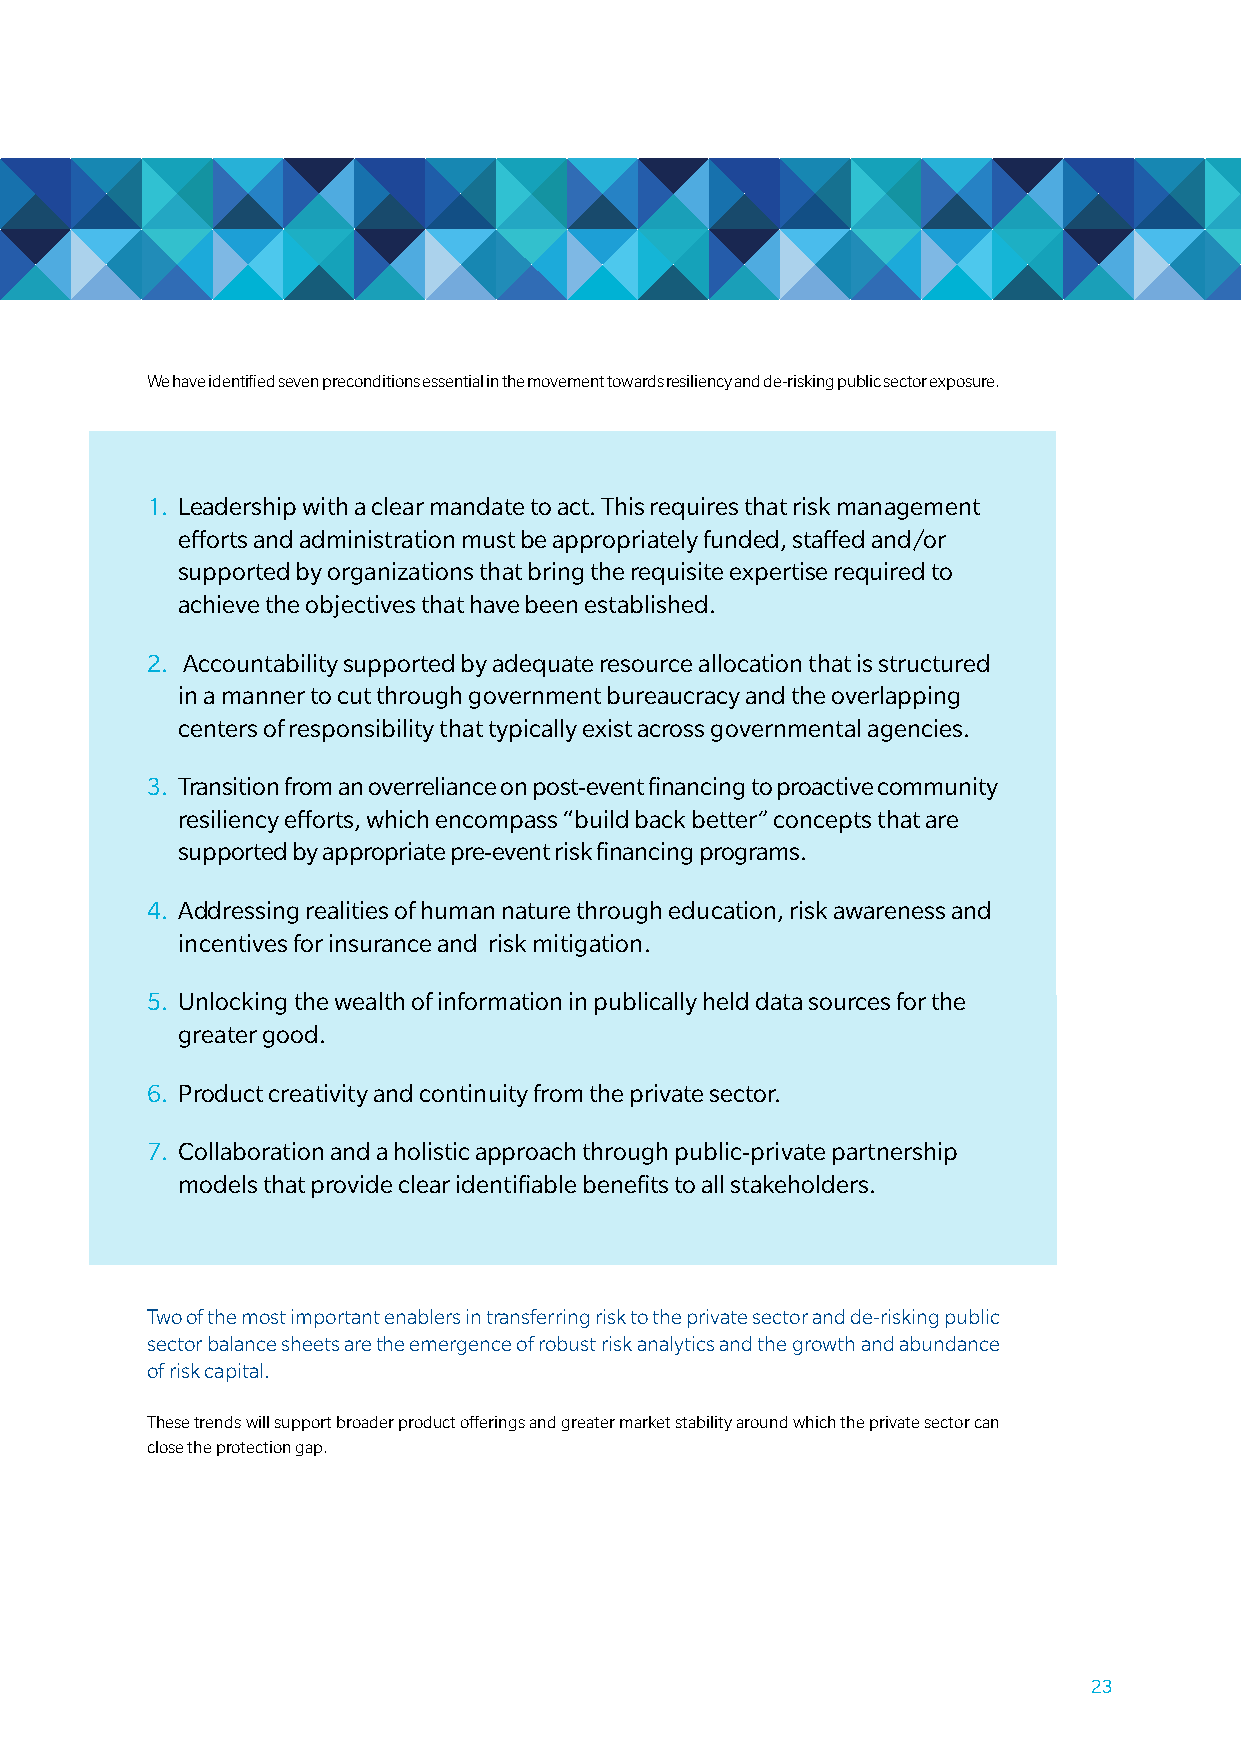
We have identified seven preconditions essential in the movement towards resiliency and de-risking public sector exposure.
 1. Leadership with a clear mandate to act. This requires that risk management
 efforts and administration must be appropriately funded, staffed and/or
 supported by organizations that bring the requisite expertise required to
 achieve the objectives that have been established.
 2. accountability supported by adequate resource allocation that is structured
 in a manner to cut through government bureaucracy and the overlapping
 centers of responsibility that typically exist across governmental agencies.
 3. Transition from an overreliance on post-event financing to proactive community
 resiliency efforts, which encompass “build back better” concepts that are
 supported by appropriate pre-event risk financing programs.
 4. addressing realities of human nature through education, risk awareness and
 incentives for insurance and risk mitigation.
 5. Unlocking the wealth of information in publically held data sources for the
 greater good.
 6. Product creativity and continuity from the private sector.
 7. Collaboration and a holistic approach through public-private partnership
 models that provide clear identifiable benefits to all stakeholders.
 two of the most important enablers in transferring risk to the private sector and de-risking public
 sector balance sheets are the emergence of robust risk analytics and the growth and abundance
 of risk capital.
 these trends will support broader product offerings and greater market stability around which the private sector can
 close the protection gap.
 23